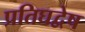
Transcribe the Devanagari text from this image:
प्रतिघद्वेष